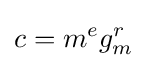
c=m^{e}g_{m}^{r}